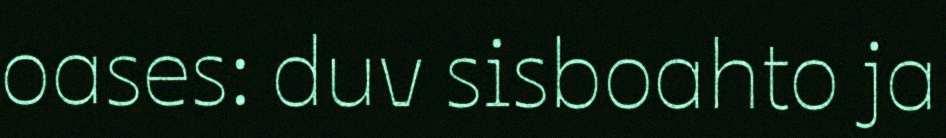
oases: duv sisboahto ja